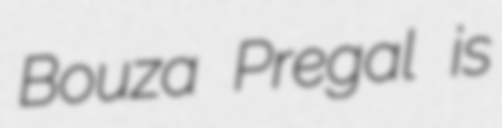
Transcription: Bouza Pregal is